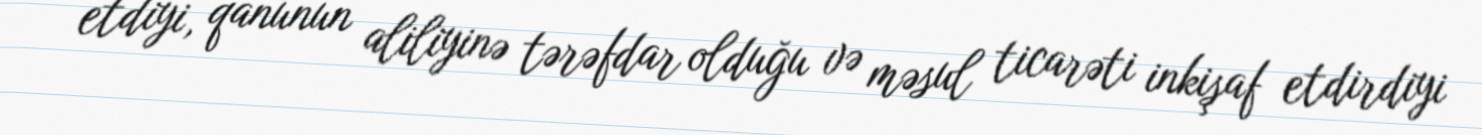
etdiyi, qanunun aliliyinə tərəfdar olduğu və məsul ticarəti inkişaf etdirdiyi